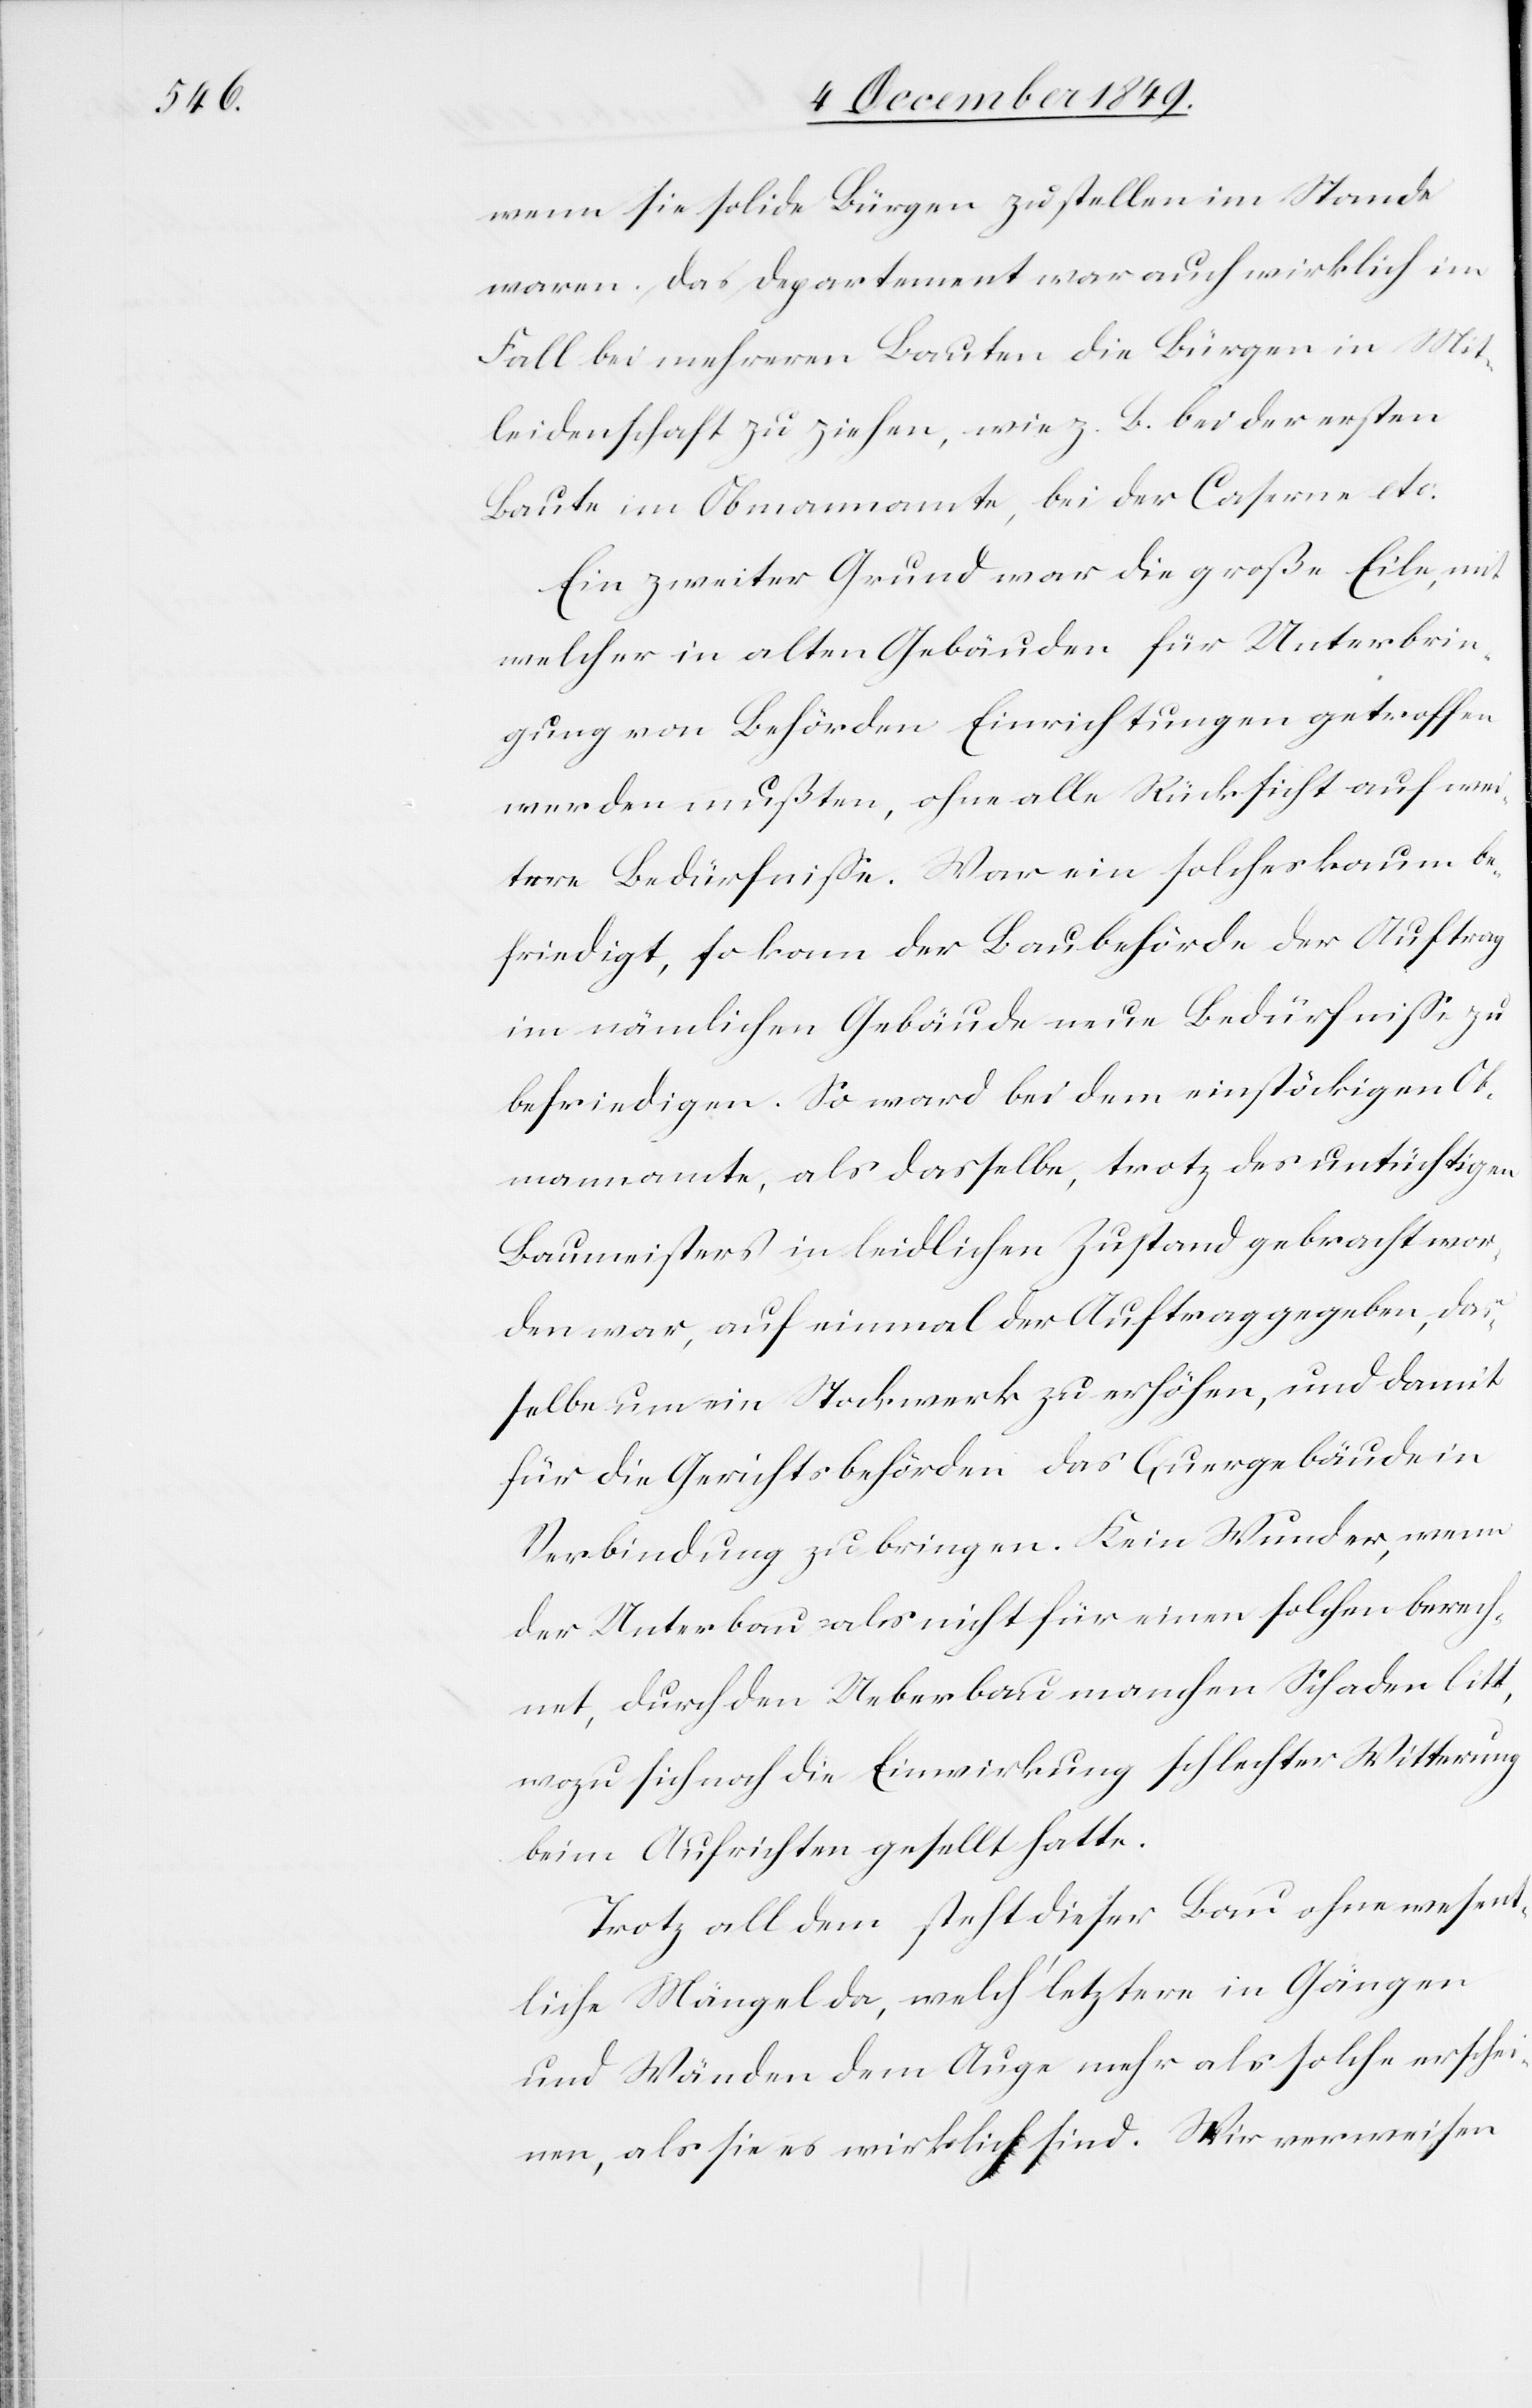
wenn sie solide Bürgen zu stellen im Stande
waren. Das Departement war auch wirklich im
Fall bei mehreren Bauten die Bürgen in Mit¬
leidenschaft zu ziehen, wie z. B. bei der ersten
Baute im Obmannamte, bei der Caserne etc.
Ein zweiter Grund war die große Eile, mit
welcher in alten Gebäuden für Unterbrin¬
gung von Behörden Einrichtungen getroffen
werden mußten, ohne alle Rücksicht auf wei¬
tere Bedürfniße. War ein solches kaum be¬
friedigt, so kam der Baubehörde der Auftrag
im nämlichen Gebäude neue Bedürfniße zu
befriedigen. So ward bei dem einstöckigen Ob¬
mannamte, als dasselbe, trotz des untüchtigen
Baumeisters in leidlichen Zustande gebracht wor¬
den war, auf einmal der Auftrag gegeben, das¬
selbe um ein Stockwerk zu erhöhen, und damit
für die Gerichtsbehörden das Quergebäude in
Verbindung zu bringen. Kein Wunder, wenn
der Unterbau als nicht für einen solchen berech¬
net, durch den Ueberbau manchen Schaden litt,
wozu sich noch die Einwirkung schlechter Witterung
beim Aufrichten gesellt hatte.
Trotz all dem steht dieser Bau ohne wesent¬
liche Mängel da, welch’ letztere in Gängen
und Wänden dem Auge mehr als solche erschei¬
nen, als sie es wirklich sind. Wir verweisen